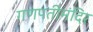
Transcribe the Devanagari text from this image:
गणपतीमंदिर